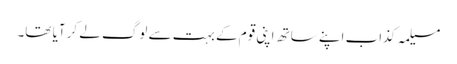
مسیلمہ کذاب اپنے ساتھ اپنی قوم کے بہت سے لوگ لے کر آیا تھا۔